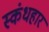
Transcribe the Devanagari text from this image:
स्कंधहार